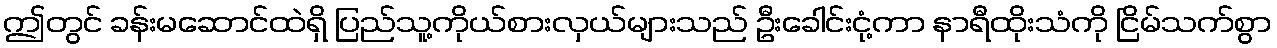
ဤတွင် ခန်းမဆောင်ထဲရှိ ပြည်သူ့ကိုယ်စားလှယ်များသည် ဦးခေါင်းငုံ့ကာ နာရီထိုးသံကို ငြိမ်သက်စွာ